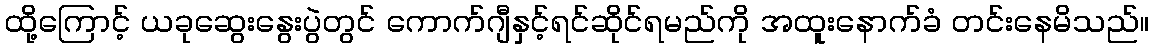
ထို့ကြောင့် ယခုဆွေးနွေးပွဲတွင် ကောက်ဂျီနှင့်ရင်ဆိုင်ရမည်ကို အထူးနောက်ခံ တင်းနေမိသည်။